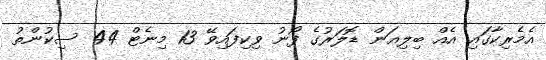
އެމެރިކާގައި އެއް ބިލިއަން ޑޮލަރުގެ ފޯނު ވިކިފައިވޭ 13 މިނެޓް 44 ސިކުންތު